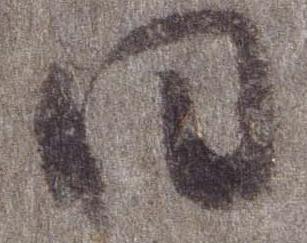
日